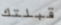
قبلتك